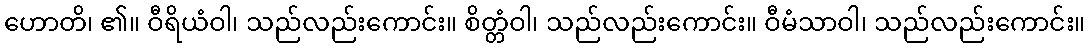
ဟောတိ၊ ၏။ ဝီရိယံဝါ၊ သည်လည်းကောင်း။ စိတ္တံဝါ၊ သည်လည်းကောင်း။ ဝီမံသာဝါ၊ သည်လည်းကောင်း။